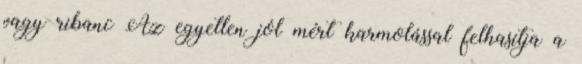
vagy ribanc Az egyetlen jól mért karmolással felhasítja a